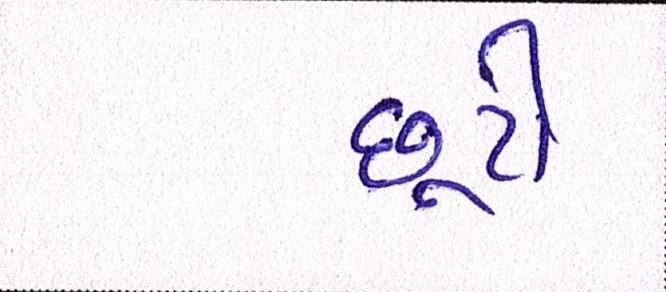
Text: છૂટી